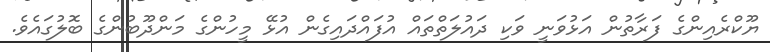
ޔޫކްރެއިންގެ ފަރާތުން އަޅުވަނީ ވަކި ދައުލަތްތައް އުފައްދައިގެން އުޅޭ މީހުންގެ މަންދޫބުންގެ ބޮލުގައެވެ.